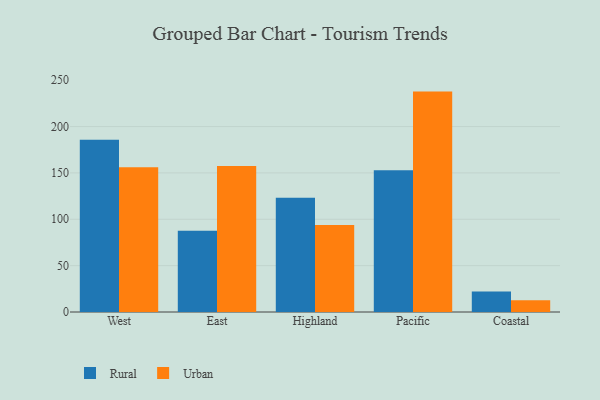
{"axis": {"x": "Region", "y": "Budget (USD K)"}, "legend": ["Rural", "Urban"], "data": [{"x": "West", "y": 185.8, "type": "Rural"}, {"x": "West", "y": 156.1, "type": "Urban"}, {"x": "East", "y": 87.7, "type": "Rural"}, {"x": "East", "y": 157.5, "type": "Urban"}, {"x": "Highland", "y": 123.3, "type": "Rural"}, {"x": "Highland", "y": 93.8, "type": "Urban"}, {"x": "Pacific", "y": 153.0, "type": "Rural"}, {"x": "Pacific", "y": 237.7, "type": "Urban"}, {"x": "Coastal", "y": 22.0, "type": "Rural"}, {"x": "Coastal", "y": 12.8, "type": "Urban"}]}